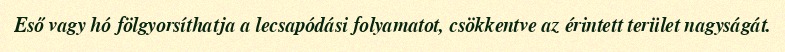
Eső vagy hó fölgyorsíthatja a lecsapódási folyamatot, csökkentve az érintett terület nagyságát.